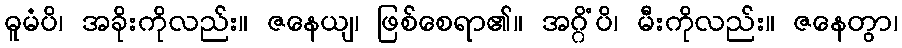
ဓူမံပိ၊ အခိုးကိုလည်း။ ဇနေယျ၊ ဖြစ်စေရာ၏။ အဂ္ဂိံပိ၊ မီးကိုလည်း။ ဇနေတွာ၊